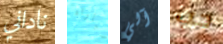
ناداني مباراه آلي حب